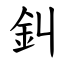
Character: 䤛